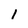
Character: 1